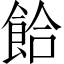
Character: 餄